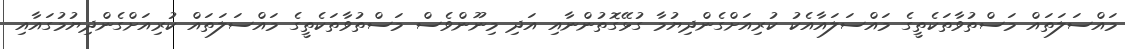
މައްސަލަތައް މަސްތުވާތަކެތީގެ މައްސަލައާއެކު ކުރިއަށްގެންދިޔުމާ ގުޅޭގޮތުންނާއި އަދި މިނޫންވެސް މަސްތުވާތަކެތީގެ މައްސަލަތައް ކުރިއަށްގެންދިޔުމުގައާއި